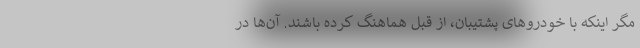
مگر اینکه با خودروهای پشتیبان، از قبل هماهنگ کرده باشند. آن‌ها در